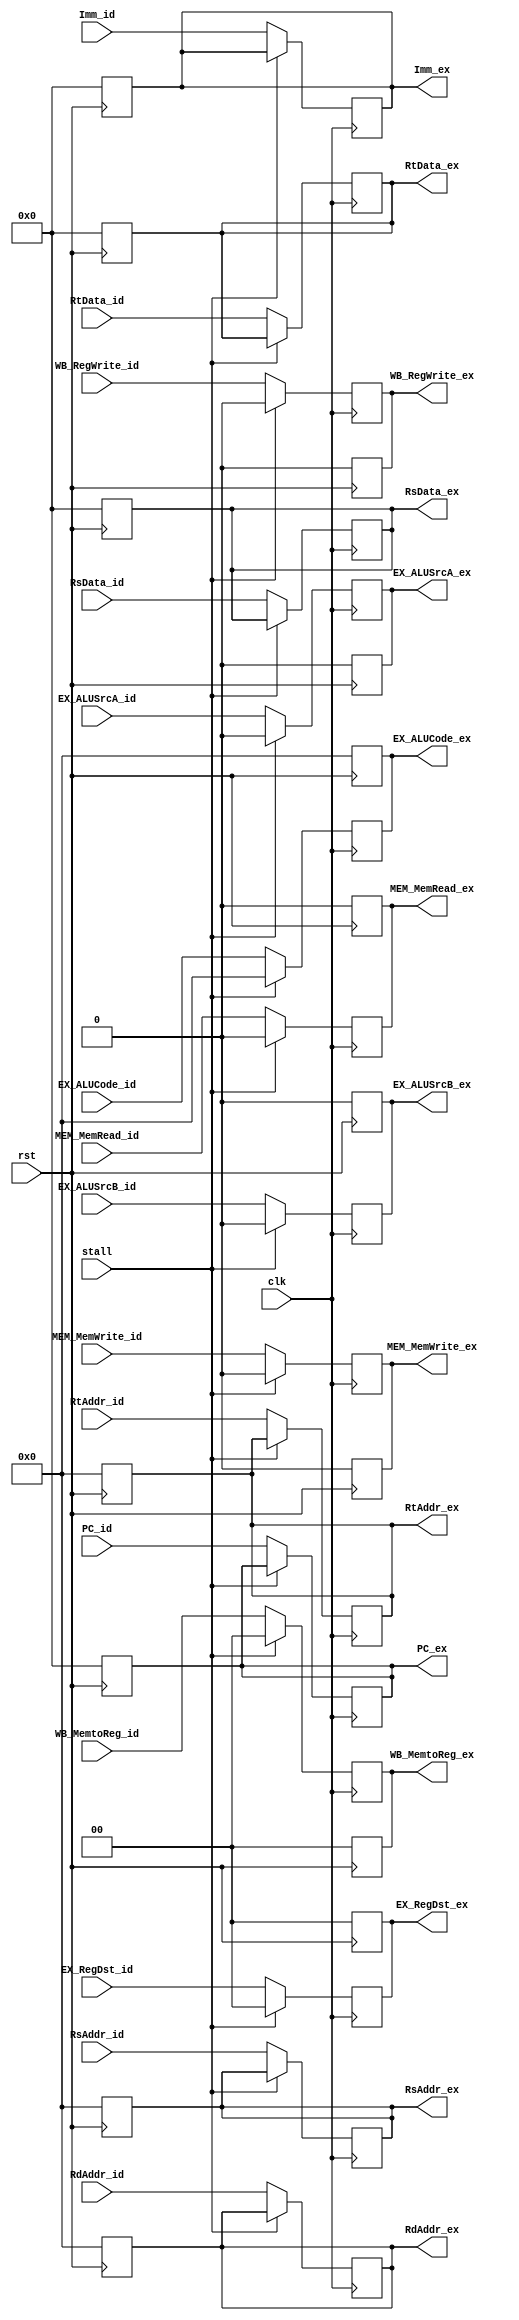
module ID_EX(
    input clk,
    input rst,
    input stall,
    //control signal
    input [1:0]WB_MemtoReg_id,
    input WB_RegWrite_id,
    input MEM_MemWrite_id,
    input MEM_MemRead_id,
    input [4:0]EX_ALUCode_id,
    input EX_ALUSrcA_id,
    input EX_ALUSrcB_id,
    input [1:0]EX_RegDst_id,
    //address
    input [4:0]RsAddr_id,
    input [4:0]RtAddr_id,
    input [4:0]RdAddr_id,
    //data
    input [31:0]PC_id,
    input [31:0]Imm_id,
    input [31:0]RsData_id,
    input [31:0]RtData_id,

    output reg [1:0] WB_MemtoReg_ex,
    output reg WB_RegWrite_ex,
    output reg MEM_MemWrite_ex,
    output reg MEM_MemRead_ex,
    output reg [4:0] EX_ALUCode_ex,
    output reg EX_ALUSrcA_ex,
    output reg EX_ALUSrcB_ex,
    output reg [1:0] EX_RegDst_ex,
    output reg [4:0] RsAddr_ex,
    output reg [4:0] RtAddr_ex,
    output reg [4:0] RdAddr_ex,
    output reg [31:0] PC_ex,
    output reg [31:0] Imm_ex,
    output reg [31:0] RsData_ex,
    output reg [31:0] RtData_ex
);
    always @(posedge rst) begin
        WB_MemtoReg_ex<=0;
        WB_RegWrite_ex<=0;
        MEM_MemWrite_ex<=0;
        MEM_MemRead_ex<=0;
        EX_ALUCode_ex<=0;
        EX_ALUSrcA_ex<=0;
        EX_ALUSrcB_ex<=0;
        EX_RegDst_ex<=0;
        RsAddr_ex<=0;
        RtAddr_ex<=0;
        RdAddr_ex<=0;
        PC_ex<=0;
        Imm_ex<=0;
        RsData_ex<=0;
        RtData_ex<=0;
    end

    always @ (posedge clk)
    begin
        // clear all control signals
        if(stall) begin
            WB_MemtoReg_ex<=0;
            WB_RegWrite_ex<=0;
            MEM_MemWrite_ex<=0;
            MEM_MemRead_ex<=0;
            EX_ALUCode_ex<=0;
            EX_ALUSrcA_ex<=0;
            EX_ALUSrcB_ex<=0;
            EX_RegDst_ex<=0;
        end
        else begin
            WB_MemtoReg_ex<=WB_MemtoReg_id;
            WB_RegWrite_ex<=WB_RegWrite_id;
            MEM_MemWrite_ex<=MEM_MemWrite_id;
            MEM_MemRead_ex<=MEM_MemRead_id;
            EX_ALUCode_ex<=EX_ALUCode_id;
            EX_ALUSrcA_ex<=EX_ALUSrcA_id;
            EX_ALUSrcB_ex<=EX_ALUSrcB_id;
            EX_RegDst_ex<=EX_RegDst_id;
            RsAddr_ex<=RsAddr_id;
            RtAddr_ex<=RtAddr_id;
            RdAddr_ex<=RdAddr_id;
            PC_ex<=PC_id;
            Imm_ex<=Imm_id;
            RsData_ex<=RsData_id;
            RtData_ex<=RtData_id;
        end
    end
endmodule